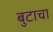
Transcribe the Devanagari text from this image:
बुटाचा